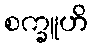
စက္ခူဟိ